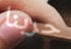
حربنا